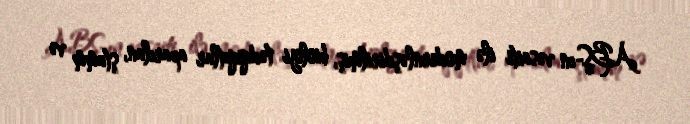
ABŞ-ın vəsaiti ilə modernləşdirilmiş, bioloji tədqiqatlar aparılan, ştamm və